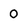
Character: 0